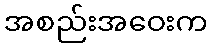
အစည်းအဝေးက